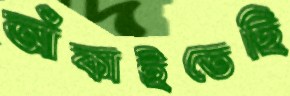
আঁকাইতেছি